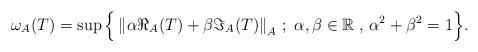
LaTeX: \begin{align*}\omega_A(T) = \displaystyle\sup\Big\{\left\|\alpha \Re_A(T) +\beta \Im_A(T)\right\|_A\,;\;\alpha, \beta \in \mathbb{R}\; ,\,\alpha^2 + \beta^2 = 1\Big\}.\end{align*}